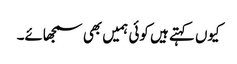
کیوں کہتے ہیں کوئی ہمیں بھی سمجھائے۔